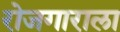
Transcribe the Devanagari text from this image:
रोजगाराला